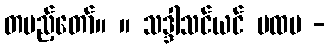
တပည့်တော်။ ။ သဒ္ဒါသင်ယင် ပထမ -